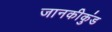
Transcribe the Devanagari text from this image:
जानकीकुंड